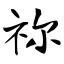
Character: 祢